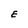
Character: E